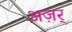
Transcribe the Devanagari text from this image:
अज़र्